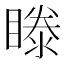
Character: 𥉋